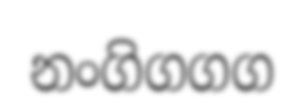
නංගිගගග